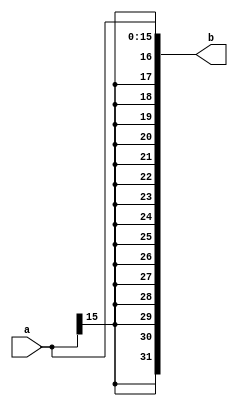
//////////////////////////////////////////////////////////////////////////////////
// Company: 
// Engineer: 
// 
// Design Name: 
// Module Name: sign_ext
// Project Name: 
// Target Devices: 
// Tool Versions: 
// Description: 
// 
// Dependencies: 
// 
// Revision:
// Revision 0.01 - File Created
// Additional Comments:
// 
//////////////////////////////////////////////////////////////////////////////////

module sign_ext(a, b);
    input [15:0] a;
    
    output [31:0] b;
    
    assign b = {{16{a[15]}}, a};
    
endmodule